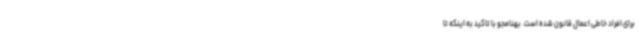
برای افراد خاطی اعمال قانون شده است. بهنامجو با تاکید به اینکه تا